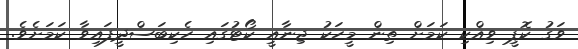
ވަގު ކޮޕީ ވިއްކި ކަމަށް ތިން މީހަކު ޖިނާއީ ކޯޓުގައި ހެކިބަސްދީފައިވާ ކަމަށެވެ.